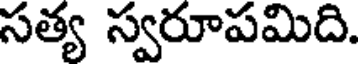
సత్య స్వరూపమిది.